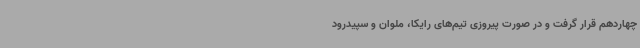
چهاردهم قرار گرفت و در صورت پیروزی تیم‌های رایکا، ملوان و سپیدرود